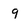
Character: 9